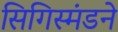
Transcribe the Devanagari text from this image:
सिगिस्मंडने